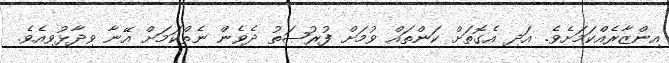
އިންޒާރެއްކަމަށެވެ. އަދި އެގޮތަށް ކަންތައް ވުމަށް ފުރުޞަތު ދެވެން ނެތްކަމަށް އޭނާ ވިދާޅުވިއެވެ.